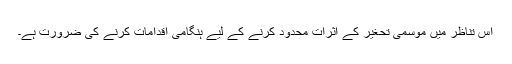
اس تناظر میں موسمی تحغیر کے اثرات محدود کرنے کے لیے ہنگامی اقدامات کرنے کی ضرورت ہے۔